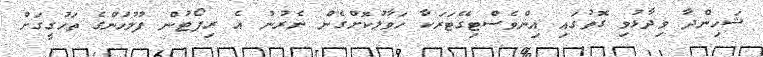
ޝަހިންދާ ވިދާޅުވި ގޮތުގައި އިންވެސްޓިގޭޓަރަކާ ހަވާލުކޮށްގެން ނެރުނު އެ ރިޕޯޓުން ފުލުހުންގެ ތަހުގީގަށް